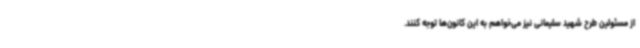
از مسئولین طرح شهید سلیمانی نیز می‌خواهم به این کانون‌ها توجه کنند.